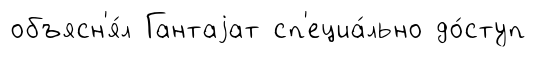
объясн'я́л Гантаjат сп'ециа́льно до́ступ